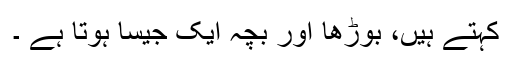
کہتے ہیں، بوڑھا اور بچہ ایک جیسا ہوتا ہے ۔